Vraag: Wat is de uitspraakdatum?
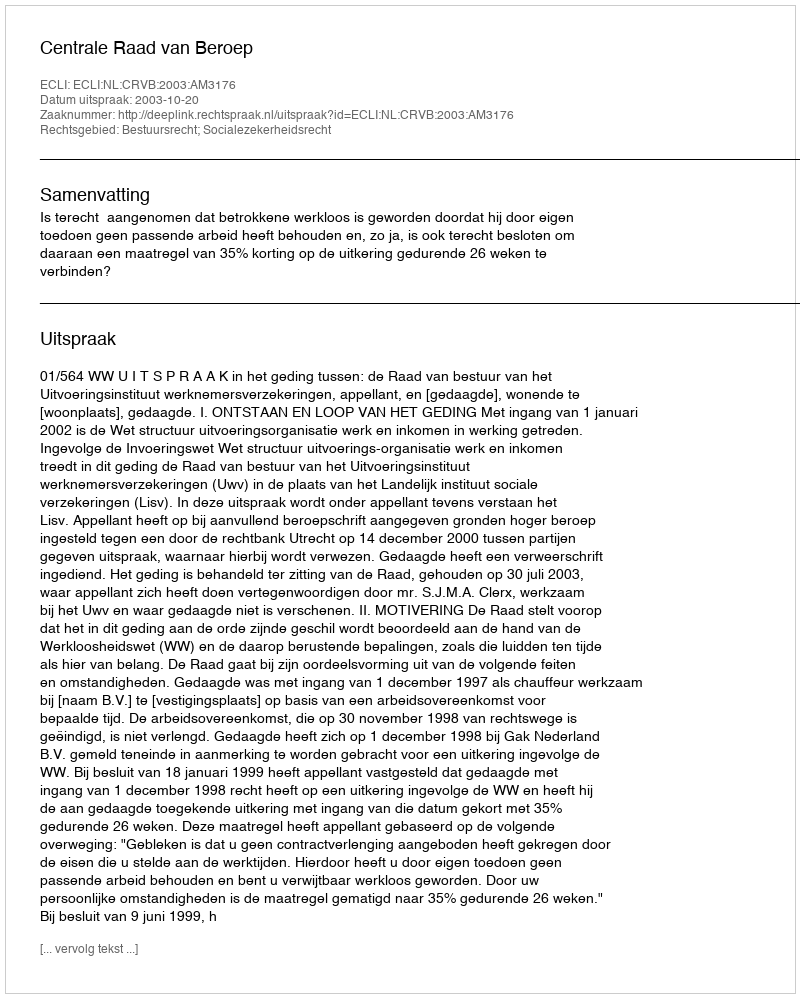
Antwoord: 2003-10-20